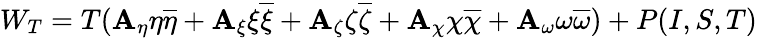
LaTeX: W_{T}=T(\mathbf{A}_{\eta}\eta\overline{{{{\eta}}}}+\mathbf{A}_{\xi}\xi\overline{{{{\xi}}}}+\mathbf{A}_{\zeta}\zeta\overline{{{{\zeta}}}}+\mathbf{A}_{\chi}\chi\overline{{{{\chi}}}}+\mathbf{A}_{\omega}\omega\overline{{{{\omega}}}})+P(I,S,T)